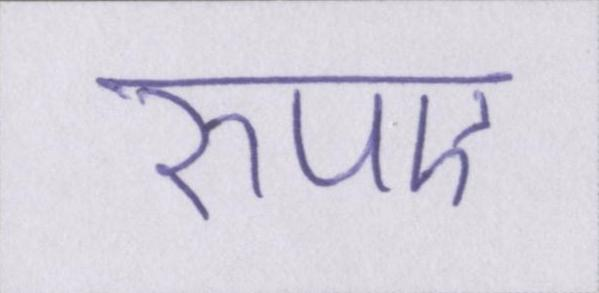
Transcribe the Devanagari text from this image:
रुपए